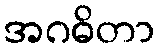
အဂဓိတာ